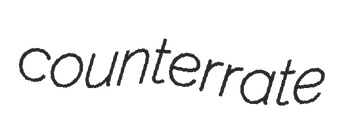
counterrate